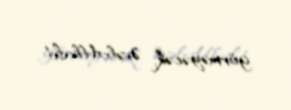
görməyəcək, ƏvəlAllah!.